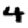
Digit: 4